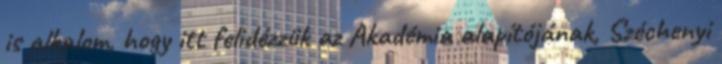
is alkalom, hogy itt felidézzük az Akadémia alapítójának, Széchenyi